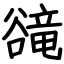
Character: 𧯇